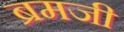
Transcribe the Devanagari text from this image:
ब्रमजी